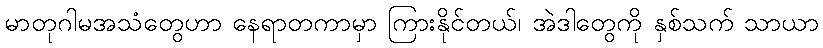
မာတုဂါမအသံတွေဟာ နေရာတကာမှာ ကြားနိုင်တယ်၊ အဲဒါတွေကို နှစ်သက် သာယာ